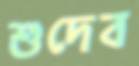
শুদেব